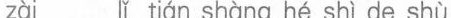
zài lǐ tián shàng hé shì de shù